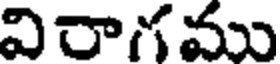
విరాగము